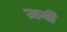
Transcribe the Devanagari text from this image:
ज़नी